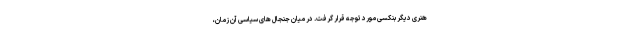
هنری دیگر بنکسی مورد توجه قرار گرفت. در میان جنجال های سیاسی آن زمان،